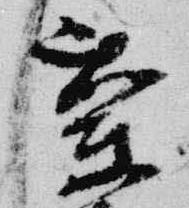
蘭